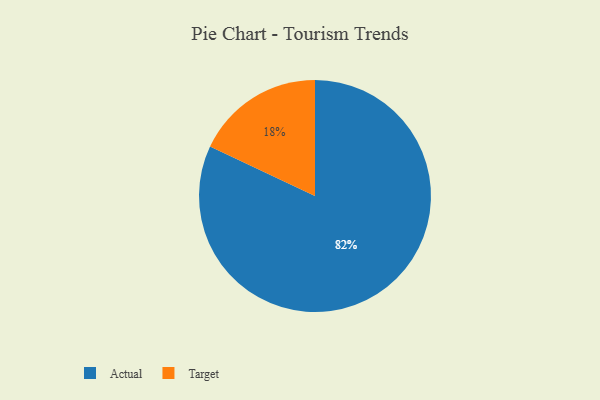
{"axis": {"x": "Category", "y": "Percentage"}, "legend": ["Actual", "Target"], "data": [{"x": "Actual", "y": 82, "type": "Actual"}, {"x": "Target", "y": 18, "type": "Target"}]}